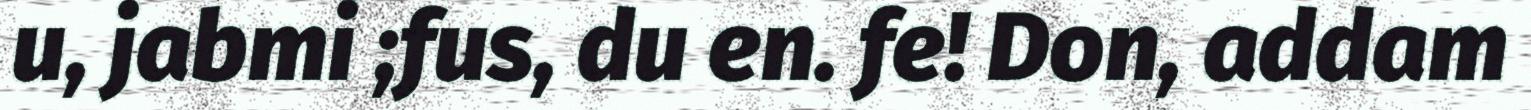
u, jabmi ;fus, du en. fe! Don, addam